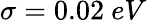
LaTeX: \sigma=0.02~eV